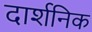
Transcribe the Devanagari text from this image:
दार्शनिक